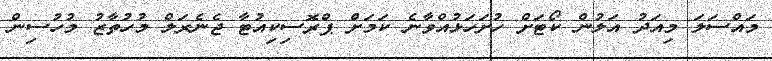
މައްސަލަ މިއަދު އަލުން ކޯޓަށް ހުށަހަޅުއްވާނެ ކަމަށް ޕްރޮސިކިއުޓާ ޖެނެރަލް މުހުތާޒު މުހުސިން